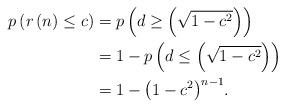
LaTeX: \begin{align*}p\left( {r\left(n\right) \leq c} \right) & = p\left( {d \geq \left( {\sqrt {1 - {c^2}} } \right)} \right) \\ & = 1 - p\left( {d \leq \left( {\sqrt {1 - {c^2}} } \right)} \right) \\ & = 1 - {\left( {1 - {c^2}} \right)^{n - 1}}.\end{align*}